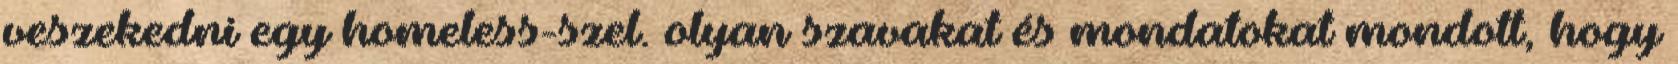
veszekedni egy homeless-szel. olyan szavakat és mondatokat mondott, hogy